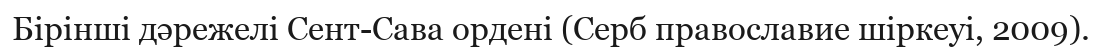
Бірінші дәрежелі Сент-Сава ордені (Серб православие шіркеуі, 2009).